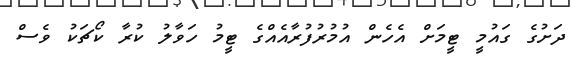
ދަށުގެ ގައުމީ ޓީމަށް އެހެން އުމުރުފުރާއެއްގެ ޓީމު ހަވާލު ކުރާ ކޯޗަކު ވެސް